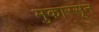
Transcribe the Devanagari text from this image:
मुकारसून